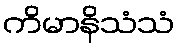
ကိမာနိသံသံ